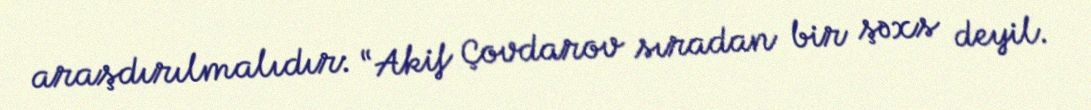
araşdırılmalıdır: “Akif Çovdarov sıradan bir şəxs deyil.